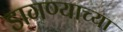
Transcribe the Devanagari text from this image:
डागण्याच्या